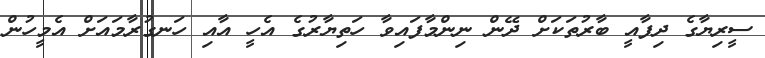
ސީރިޔާގެ ދިފާއީ ބާރުތަކަށް ދޭން ނިންމާފައިވާ ހަތިޔާރުގެ އެހީ އާއި ހަނގުރާމައަށް އެމީހުން